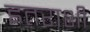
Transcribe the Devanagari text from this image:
इतराशी